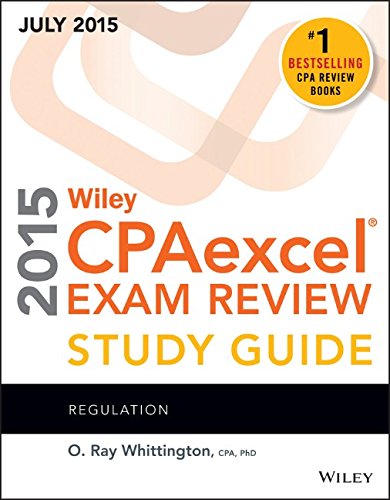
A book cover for Wiley CPAexcel Exam Review 2015 Study Guide July: Regulation (Wiley Cpa Exam Review); O. Ray Whittington; Test Preparation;